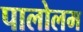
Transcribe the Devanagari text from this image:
पालोलम